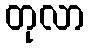
တုလာ